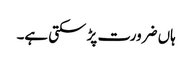
ہاں ضرورت پڑ سکتی ہے۔